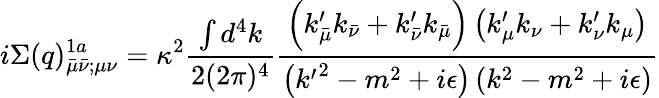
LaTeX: i\Sigma(q)_{\bar{\mu}\bar{\nu};\mu\nu}^{1a}=\kappa^{2}\frac{\int d^{4}k}{2(2\pi)^{4}}\frac{\left(k_{\bar{\mu}}^{\prime}k_{\bar{\nu}}+k_{\bar{\nu}}^{\prime}k_{\bar{\mu}}\right)\left(k_{\mu}^{\prime}k_{\nu}+k_{\nu}^{\prime}k_{\mu}\right)}{\left({k^{\prime}}^{2}-m^{2}+i\epsilon\right)\left(k^{2}-m^{2}+i\epsilon\right)}